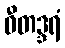
ဝီတဒ္ဒရံ